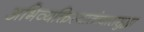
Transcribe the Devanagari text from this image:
अभिव्यक्तिस्वातंत्र्याससुद्धा